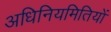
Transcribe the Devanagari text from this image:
अधिनियमितियों